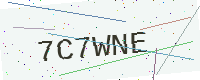
Text: 7C7WNE